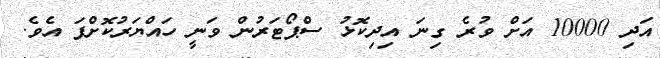
އަދި 10000 އަށް ވުރެ ގިނަ އިދިކޮޅު ސްޕޯޓަރުން ވަނީ ހައްޔަރުކޮށްފަ އެވެ.